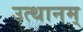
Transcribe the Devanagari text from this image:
उत्थानम्